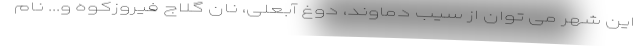
این شهر می توان از سیب دماوند، دوغ آبعلی، نان گلاج فیروزکوه و... نام